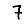
Digit: 7